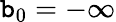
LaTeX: \mathtt{b}_{0}=-\infty